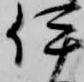
伊